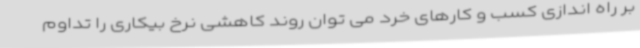
بر راه اندازی کسب و کارهای خرد می توان روند کاهشی نرخ بیکاری را تداوم